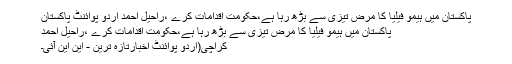
پاکستان میں ہیمو فیلیا کا مرض تیزی سے بڑھ رہا ہے،حکومت اقدامات کرے ،راحیل احمد اُردو پوائنٹ پاکستان
پاکستان میں ہیمو فیلیا کا مرض تیزی سے بڑھ رہا ہے،حکومت اقدامات کرے ،راحیل احمد
کراچی(اُردو پوائنٹ اخبارتازہ ترین - این این آئی۔